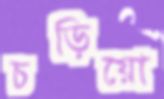
চড়িয়ো